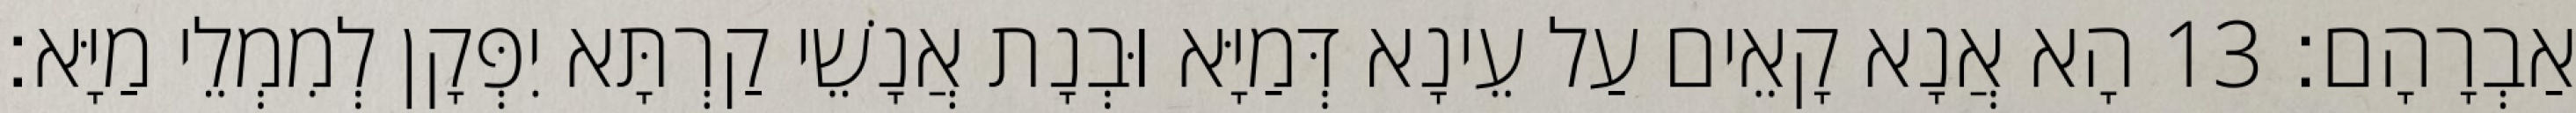
אַבְרָהָם׃ 13 הָא אֲנָא קָאֵים עַל עֵינָא דְּמַיָּא וּבְנָת אֲנָשֵׁי קַרְתָּא יִפְּקָן לְמִמְלֵי מַיָּא׃